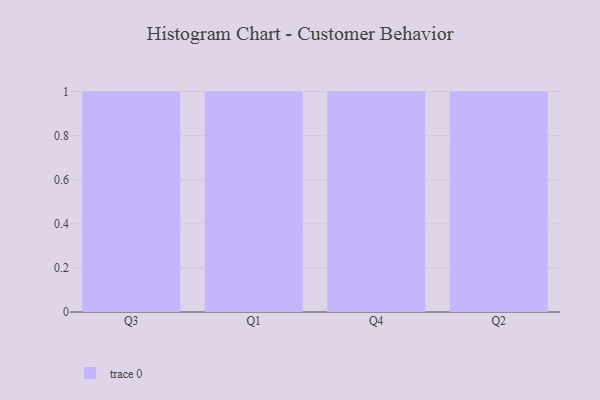
{"axis": {"x": "Quarter", "y": "Population (Million)"}, "legend": [""], "data": [{"x": "Q3", "y": 26, "type": ""}, {"x": "Q1", "y": 74, "type": ""}, {"x": "Q4", "y": 86, "type": ""}, {"x": "Q2", "y": 87, "type": ""}]}